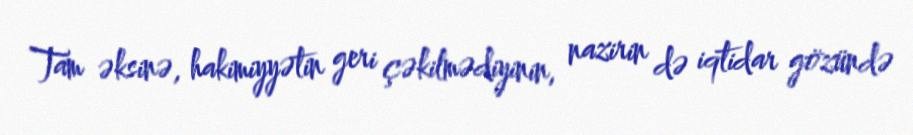
Tam əksinə, hakimiyyətin geri çəkilmədiyinin, nazirin də iqtidar gözündə